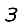
Digit: 3